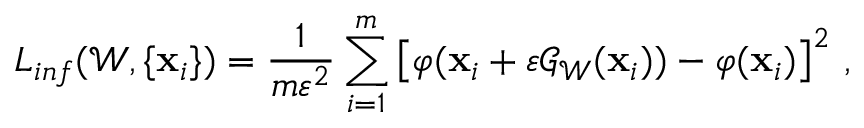
L _ { i n f } ( \mathcal W , \{ \mathbf x _ { i } \} ) = \frac { 1 } { m \varepsilon ^ { 2 } } \sum _ { i = 1 } ^ { m } \left[ \varphi ( \mathbf { x } _ { i } + \varepsilon { \mathcal G } _ { \mathcal W } ( \mathbf { x } _ { i } ) ) - \varphi ( \mathbf { x } _ { i } ) \right] ^ { 2 } \, ,